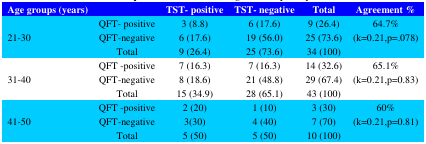
<table><thead><tr><td><b>Age groups (years)</b></td><td></td><td><b>TST- positive</b></td><td><b>TST- negative</b></td><td><b>Total</b></td><td><b>Agreement %</b></td></tr></thead><tbody><tr><td rowspan="3">21-30</td><td>QFT- positive</td><td>3 (8.8)</td><td>6 (17.6)</td><td>9 (26.4)</td><td rowspan="3">64.7%(k=0.21,p=.078)</td></tr><tr><td>QFT-negative</td><td>6 (17.6)</td><td>19 (56.0)</td><td>25 (73.6)</td></tr><tr><td>Total</td><td>9 (26.4)</td><td>25 (73.6)</td><td>34 (100)</td></tr><tr><td rowspan="3">31-40</td><td>QFT -positive</td><td>7 (16.3)</td><td>7 (16.3)</td><td>14 (32.6)</td><td rowspan="3">65.1%(k=0.21,p=0.83)</td></tr><tr><td>QFT-negative</td><td>8 (18.6)</td><td>21 (48.8)</td><td>29 (67.4)</td></tr><tr><td>Total</td><td>15 (34.9)</td><td>28 (65.1)</td><td>43 (100)</td></tr><tr><td rowspan="3">41-50</td><td>QFT -positive</td><td>2 (20)</td><td>1 (10)</td><td>3 (30)</td><td rowspan="3">60%(k=0.21,p=0.81)</td></tr><tr><td>QFT-negative</td><td>3(30)</td><td>4 (40)</td><td>7 (70)</td></tr><tr><td>Total</td><td>5 (50)</td><td>5 (50)</td><td>10 (100)</td></tr></tbody></table>